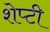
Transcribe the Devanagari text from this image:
शेप्टी